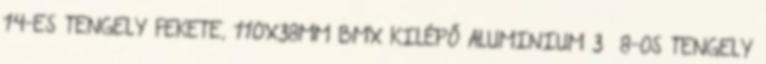
14-ES TENGELY FEKETE, 110X38MM BMX KILÉPŐ ALUMINIUM 3 8-OS TENGELY